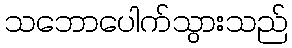
သဘောပေါက်သွားသည်